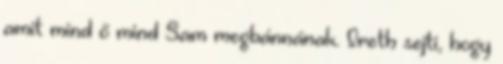
amit mind ő mind Sam megbánnának. Ireth sejti, hogy